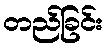
တည်ခြင်း